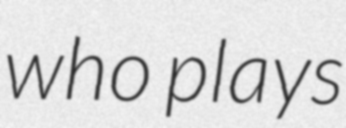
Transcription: who plays